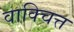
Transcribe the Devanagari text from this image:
वाक्चित्त